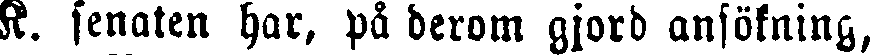
K. senaten har, på derom gjord ansökning,